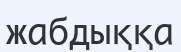
жабдыққа